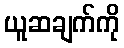
ယူဆချက်ကို